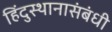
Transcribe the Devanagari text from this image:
हिंदुस्थानासंबंधी